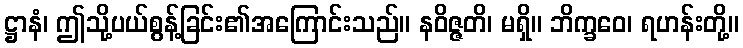
ဋ္ဌာနံ၊ ဤသို့ပယ်စွန့်ခြင်း၏အကြောင်းသည်။ နဝိဇ္ဇတိ၊ မရှိ။ ဘိက္ခဝေ၊ ရဟန်းတို့။